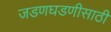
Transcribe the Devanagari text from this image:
जडणघडणीसाठी